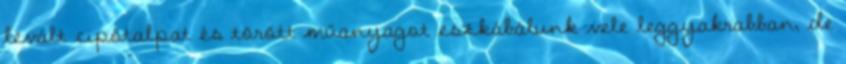
levált cipőtalpat és törött műanyagot eszkábálunk vele leggyakrabban, de